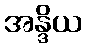
အန္ဒိယ